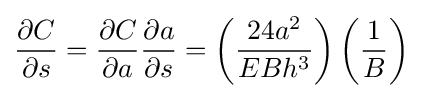
{\frac {\partial C}{\partial s}}={\frac {\partial C}{\partial a}}{\frac {\partial a}{\partial s}}=\left({\frac {24a^{2}}{EBh^{3}}}\right)\left({\frac {1}{B}}\right)